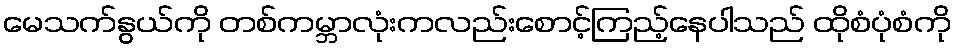
မေသက်နွယ်ကို တစ်ကမ္ဘာလုံးကလည်းစောင့်ကြည့်နေပါသည် ထိုစံပုံစံကို